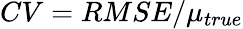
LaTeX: CV={RMSE}/{\mu_{true}}